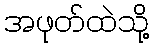
အဖုတ်ထဲသို့